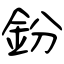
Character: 鈖